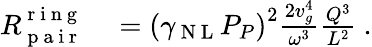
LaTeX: \begin{array}{rl}{R_{\mathrm{~p~a~i~r~}}^{\mathrm{~r~i~n~g~}}}&{{}=\left(\gamma_{\mathrm{~N~L~}}P_{P}\right)^{2}\frac{2v_{g}^{4}}{\omega^{3}}\frac{Q^{3}}{L^{2}}\ .}\end{array}